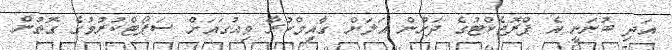
އަދި ބުނަނީ އެ ޕްރޮޖެކްޓުގެ ދަށުން އަލަށް ގާއިމްކުރާ ވިއުގައަށް ސަޕޯޓްކުރުމުގެ ގޮތުން